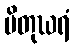
ပိတုဃရံ